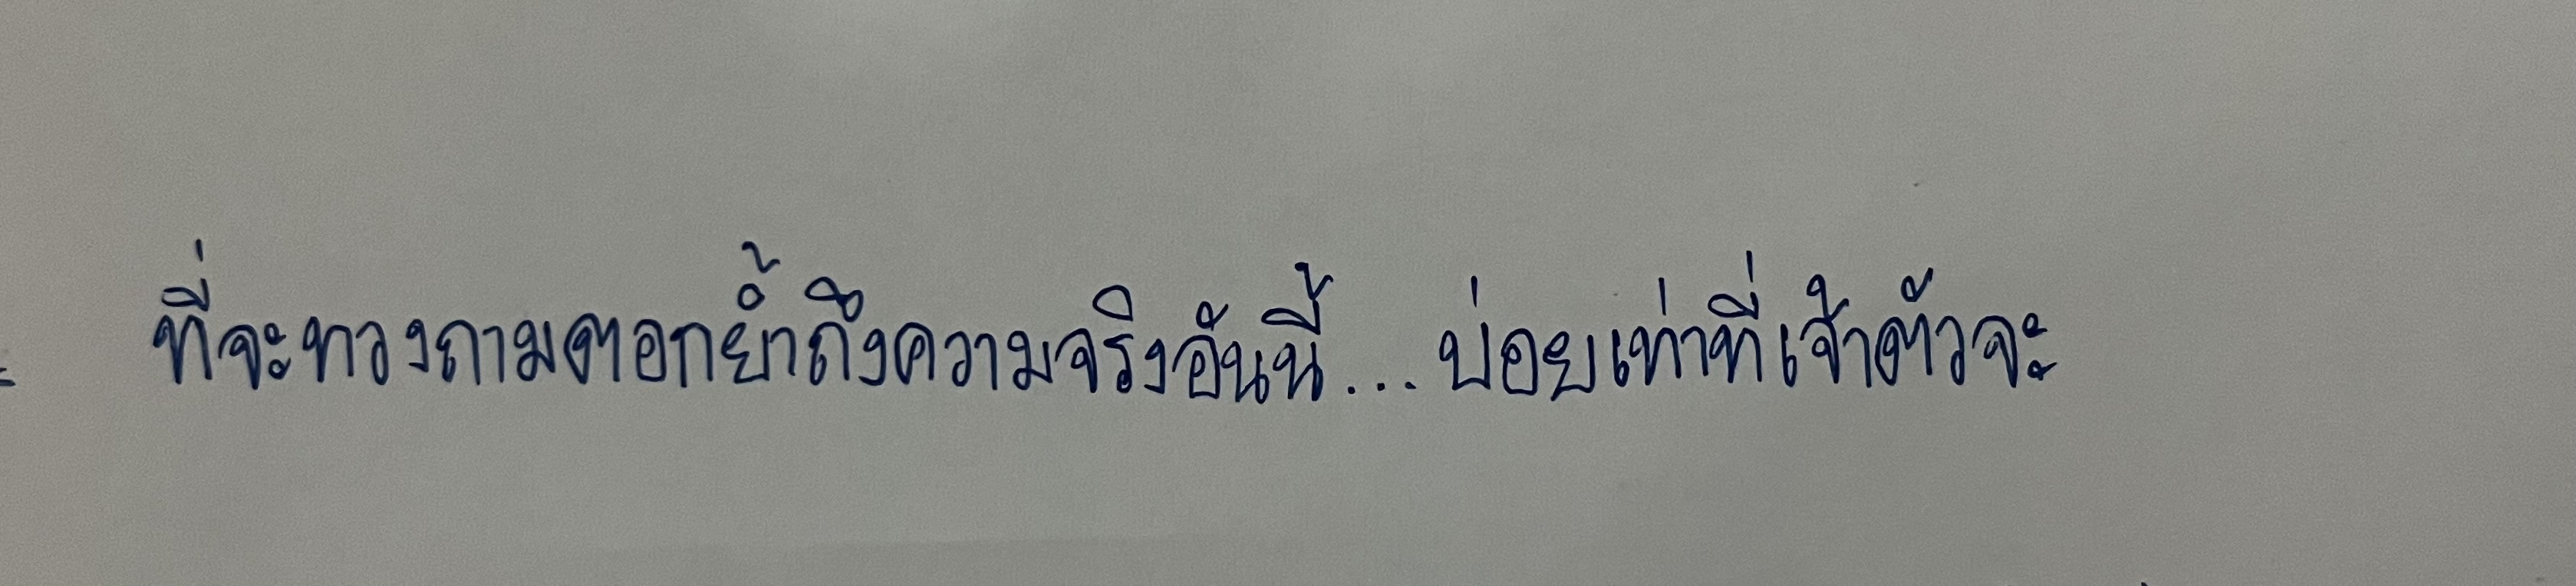
ที่จะทวงถามตอกย้ำถึงความจริงอันนี้...บ่อยเท่าที่เจ้าตัวจะ